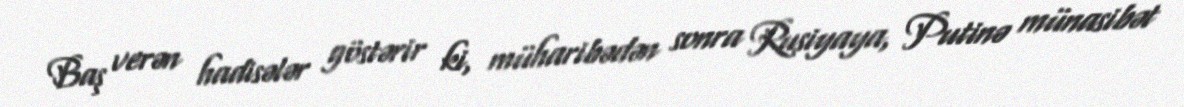
Baş verən hadisələr göstərir ki, müharibədən sonra Rusiyaya, Putinə münasibət